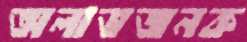
অলাভজনক